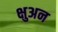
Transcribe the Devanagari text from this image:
क्षुअन